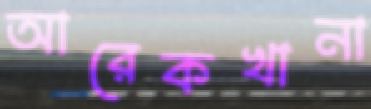
আরেকখানা